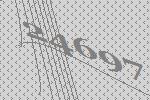
24697